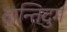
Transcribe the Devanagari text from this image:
दान्तिदुर्ग